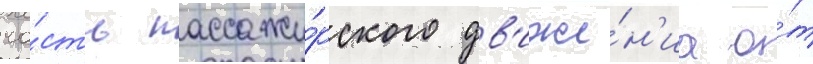
ча́сть пассажи́рского дв'иже́н'иа о́т